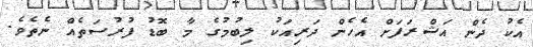
އެކު ދެން އަޝްރަފަށް އެހެން ދަރިއަކު ލިބުމުގެ މާ ބޮޑު ފުރުސަތެއް ނެތެވެ.